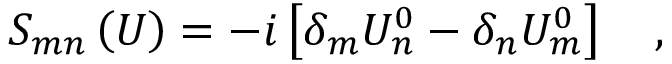
S _ { m n } \left( U \right) = - i \left[ \delta _ { m } U _ { n } ^ { 0 } - \delta _ { n } U _ { m } ^ { 0 } \right] \quad ,